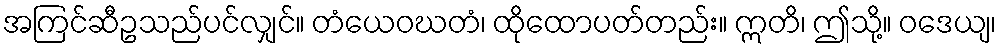
အကြင်ဆီဥသည်ပင်လျှင်။ တံယေဝဃတံ၊ ထိုထောပတ်တည်း။ ဣတိ၊ ဤသို့။ ဝဒေယျ၊